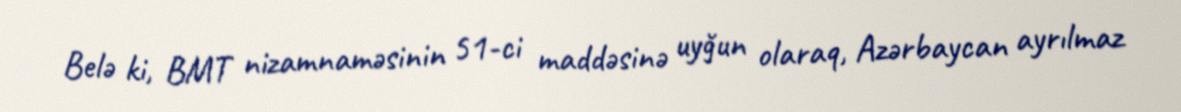
Belə ki, BMT nizamnaməsinin 51-ci maddəsinə uyğun olaraq, Azərbaycan ayrılmaz